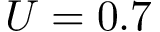
U = 0 . 7